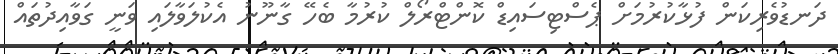
ދަނޑުވެރިކަން ފުޅާކުރުމަށް ޕެސްޓިސައިޑް ކޮންޓްރޯލް ކުރުމާ ބެހޭ ގާނޫނު އެކުލަވާލައި ވަނީ ގަވާއިދުތައް